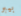
بيبر